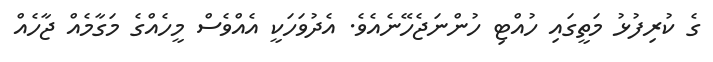
ގެ ކުރިފުޅު މަތީގައި ހުއްޓި ހުންނަޖެހޭނެއެވެ. އެދުވަހަކީ އެއްވެސް މީހެއްގެ މަގާމެއް ޖާހެއް